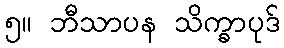
၅။ ဘီသာပန သိက္ခာပုဒ်